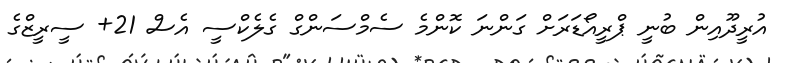
އުރީދޫއިން ބުނީ ޕްރީއޯޑަރަށް ގަންނަ ކޮންމެ ސެމްސަންގް ގެލެކްސީ އެސް 21+ ސީރީޒްގެ